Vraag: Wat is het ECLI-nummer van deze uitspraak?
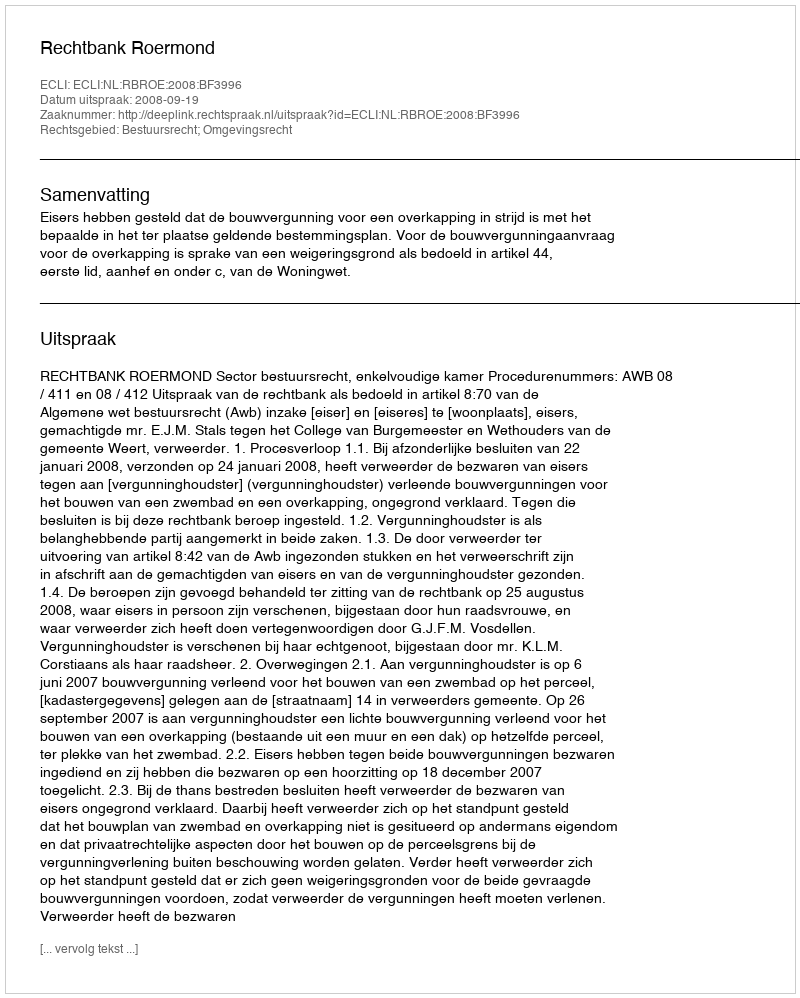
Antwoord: ECLI:NL:RBROE:2008:BF3996